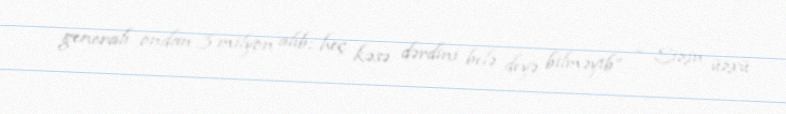
generalı ondan 3 milyon alıb; heç kəsə dərdini belə deyə bilməyib” - Sizin üzvü